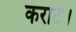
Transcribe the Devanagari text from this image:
कराटे।